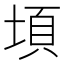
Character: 𭎸